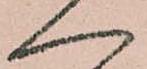
へ